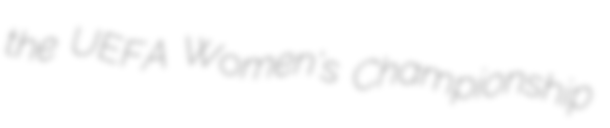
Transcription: the UEFA Women's Championship